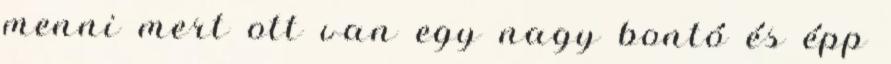
menni mert ott van egy nagy bontó és épp